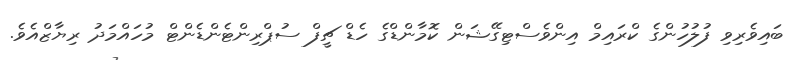
ބައިވެރިވި ފުލުހުންގެ ކްރައިމް އިންވެސްޓިގޭޝަން ކޮމާންޑްގެ ހެޑް ޗީފް ސުޕްރިންޓެންޑެންޓް މުހައްމަދު ރިޔާޒްއެވެ.